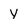
Character: Y